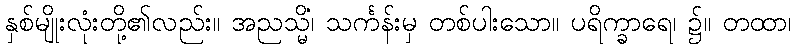
နှစ်မျိုးလုံးတို့၏လည်း။ အညသ္မိံ၊ သင်္ကန်းမှ တစ်ပါးသော။ ပရိက္ခာရေ၊ ၌။ တထာ၊